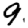
Digit: 9